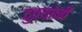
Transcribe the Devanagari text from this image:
दुव्यांनी